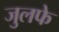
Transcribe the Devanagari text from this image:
जुलफे